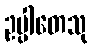
ဥပ္ပါတေသု